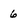
Character: 6